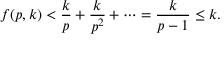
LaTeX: f ( p , k ) < { \frac { k } { p } } + { \frac { k } { p ^ { 2 } } } + \cdots = { \frac { k } { p - 1 } } \leq k .